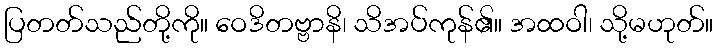
ပြတတ်သည်တို့ကို။ ဝေဒိတဗ္ဗာနိ၊ သိအပ်ကုန်၏။ အထဝါ၊ သို့မဟုတ်။